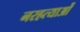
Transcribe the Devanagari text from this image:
नरहत्याओं